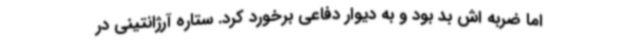
اما ضربه اش بد بود و به دیوار دفاعی برخورد کرد. ستاره آرژانتینی در